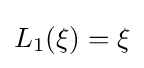
L_{1}(\xi )=\xi